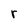
Character: r